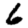
Digit: 6